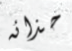
حذائه